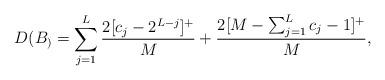
LaTeX: \begin{align*} & D(B_) = \sum_{j=1}^L \frac{ 2 [ c_j -2^{L-j} ]^+ }{ M } + \frac{2[ M - \sum_{j=1}^{L} c_{j} -1]^+}{M }, \end{align*}